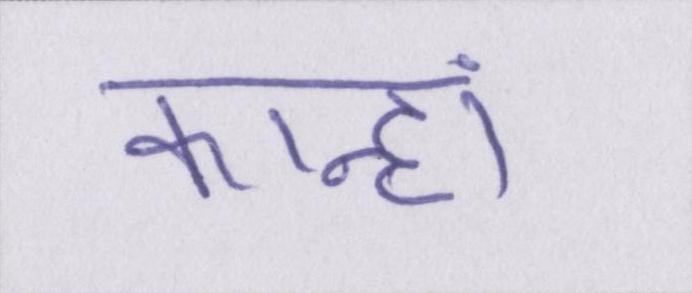
कान्हां